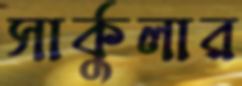
সার্কুলার